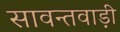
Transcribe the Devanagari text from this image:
सावन्तवाड़ी